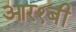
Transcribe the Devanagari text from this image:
आर१बी